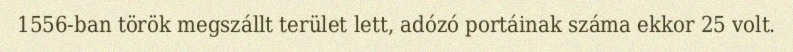
1556-ban török megszállt terület lett, adózó portáinak száma ekkor 25 volt.